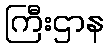
ကြီးဌာန